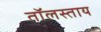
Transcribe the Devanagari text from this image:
तॉलस्ताय